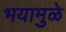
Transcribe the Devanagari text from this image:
भयामुळे